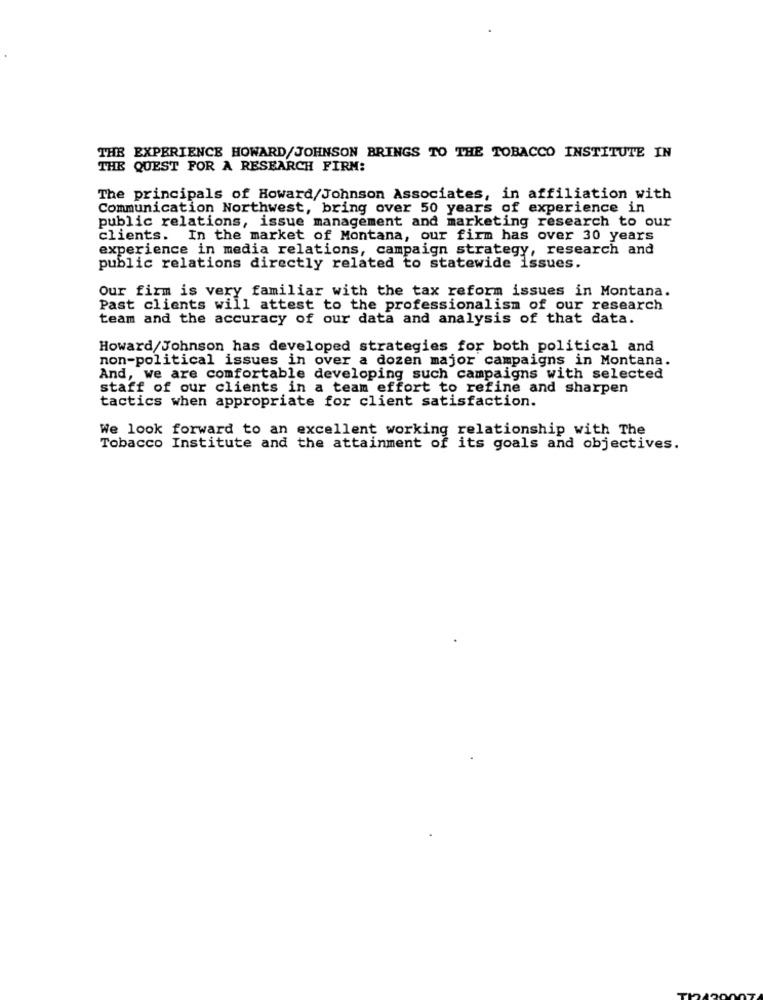
THE EXPERIENCE HOWARD/JOHNSON BRINGS TO THE TOBACCO INSTITUTE IN
THE
QUEST FOR A RESEARCH FIRM:
The principals of Howard/Johnson Associates, in affiliation with
Communication Northwest, bring over 50 years of experience in
public relations, issue management and marketing research to our
clients. In the market of Montana, our firm has over 30 years
experience in media relations, campaign strategy, research and
public relations directly related to statewide issues.
Our firm is very familiar with the tax reform issues in Montana.
Past clients will attest to the professionalism of our research
team and the accuracy of our data and analysis of that data.
Howard Johnson has developed strategies for both political and
non-political issues in over a dozen major campaigns in Montana.
And, we are comfortable developing such campaigns with selected
staff of our clients in a team effort to refine and sharpen
tactics when appropriate for client satisfaction.
We look forward to an excellent working relationship with The
Tobacco Institute and the attainment of its goals and objectives.